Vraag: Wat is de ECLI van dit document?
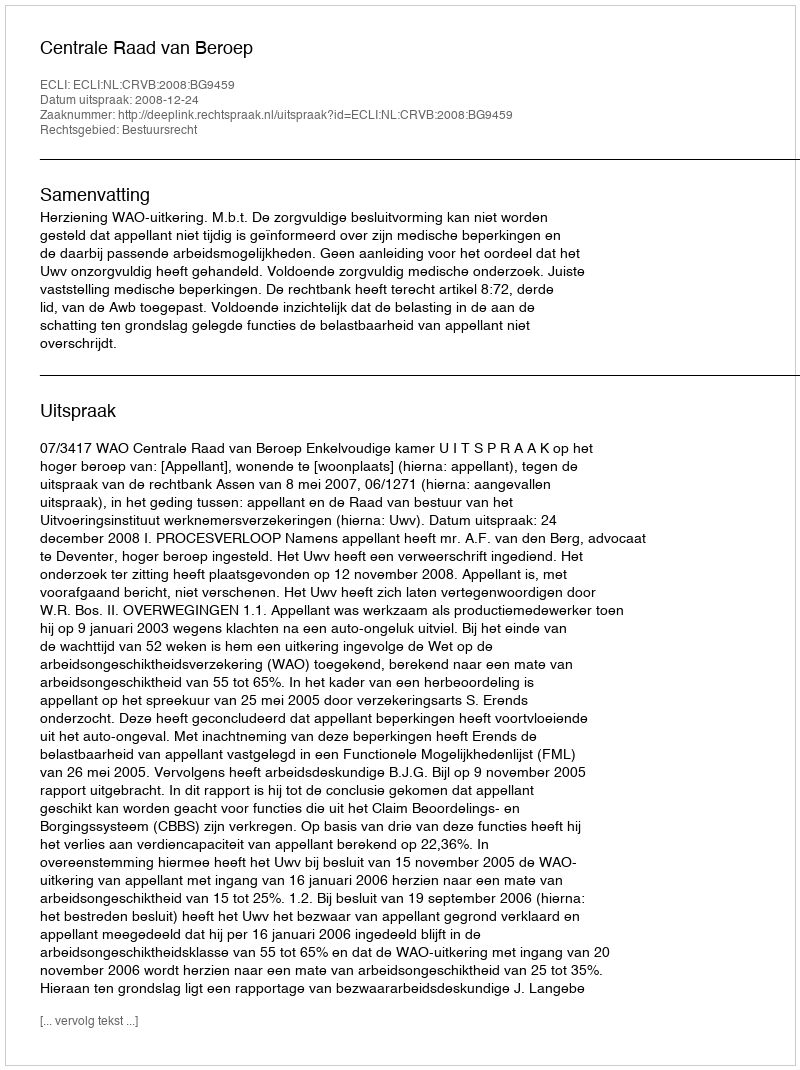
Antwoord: ECLI:NL:CRVB:2008:BG9459